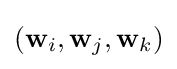
({\bf {w}}_{i},{\bf {w}}_{j},{\bf {w}}_{k})